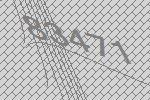
83471